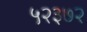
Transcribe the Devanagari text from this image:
५२३७२